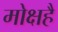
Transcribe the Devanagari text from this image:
मोक्षहै